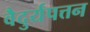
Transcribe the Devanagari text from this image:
वैदुर्यपत्तन